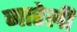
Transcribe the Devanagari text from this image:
नारेली